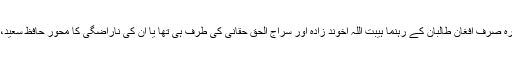
ابھی یہ واضح نہیں ہے کہ ٹرمپ کاا شارہ صرف افغان طالبان کے رہنما ہیبت اللہ اخوند زادہ اور سراج الحق حقانی کی طرف ہی تھا یا ان کی ناراضگی کا محور حافظ سعید، مسعود اظہر اور صلاح الدین بھی تھے۔